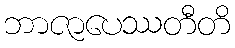
ဘာဇာပေဿတီတိ